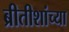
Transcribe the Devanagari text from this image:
ब्रीतीशांच्या